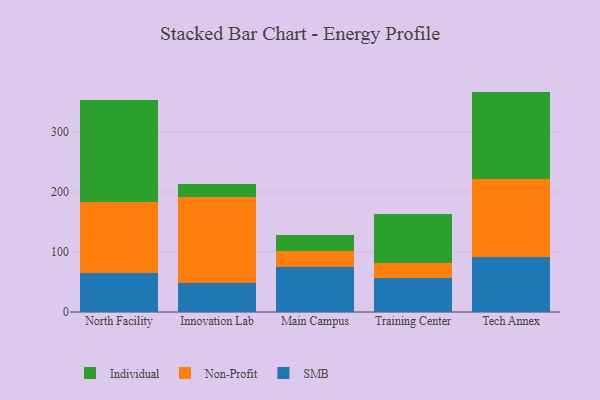
{"axis": {"x": "Campus", "y": "Tickets Resolved"}, "legend": ["Individual", "Non-Profit", "SMB"], "data": [{"x": "North Facility", "y": 65.0, "type": "SMB"}, {"x": "North Facility", "y": 118.9, "type": "Non-Profit"}, {"x": "North Facility", "y": 168.7, "type": "Individual"}, {"x": "Innovation Lab", "y": 48.2, "type": "SMB"}, {"x": "Innovation Lab", "y": 142.8, "type": "Non-Profit"}, {"x": "Innovation Lab", "y": 22.7, "type": "Individual"}, {"x": "Main Campus", "y": 74.3, "type": "SMB"}, {"x": "Main Campus", "y": 28.0, "type": "Non-Profit"}, {"x": "Main Campus", "y": 26.7, "type": "Individual"}, {"x": "Training Center", "y": 56.3, "type": "SMB"}, {"x": "Training Center", "y": 24.6, "type": "Non-Profit"}, {"x": "Training Center", "y": 82.8, "type": "Individual"}, {"x": "Tech Annex", "y": 91.7, "type": "SMB"}, {"x": "Tech Annex", "y": 130.0, "type": "Non-Profit"}, {"x": "Tech Annex", "y": 145.7, "type": "Individual"}]}